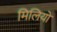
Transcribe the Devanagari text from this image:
मिलियो